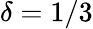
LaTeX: \delta=1/3